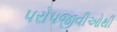
પરોપજીવીઓથી